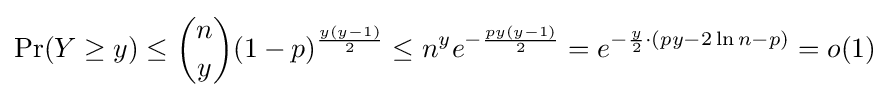
\Pr(Y\geq y)\leq {n \choose y}(1-p)^{\frac {y(y-1)}{2}}\leq n^{y}e^{-{\frac {py(y-1)}{2}}}=e^{-{\frac {y}{2}}\cdot (py-2\ln n-p)}=o(1)